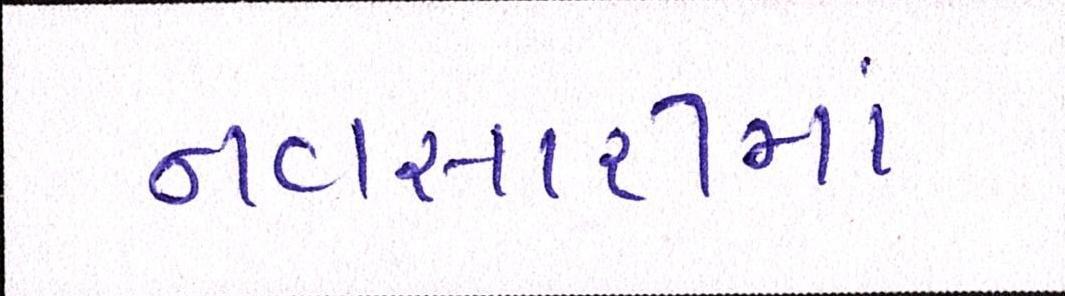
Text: નવસારીમાં